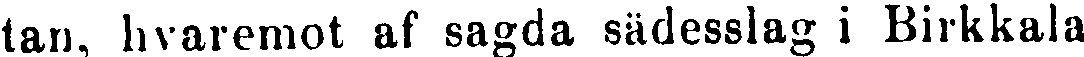
tan, hvaremot af sagda sädesslag i Birkkala